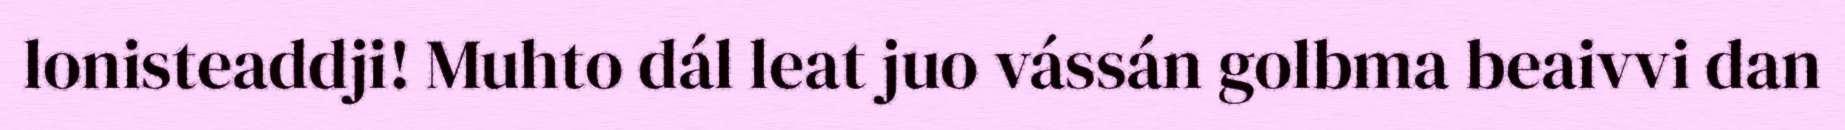
lonisteaddji! Muhto dál leat juo vássán golbma beaivvi dan